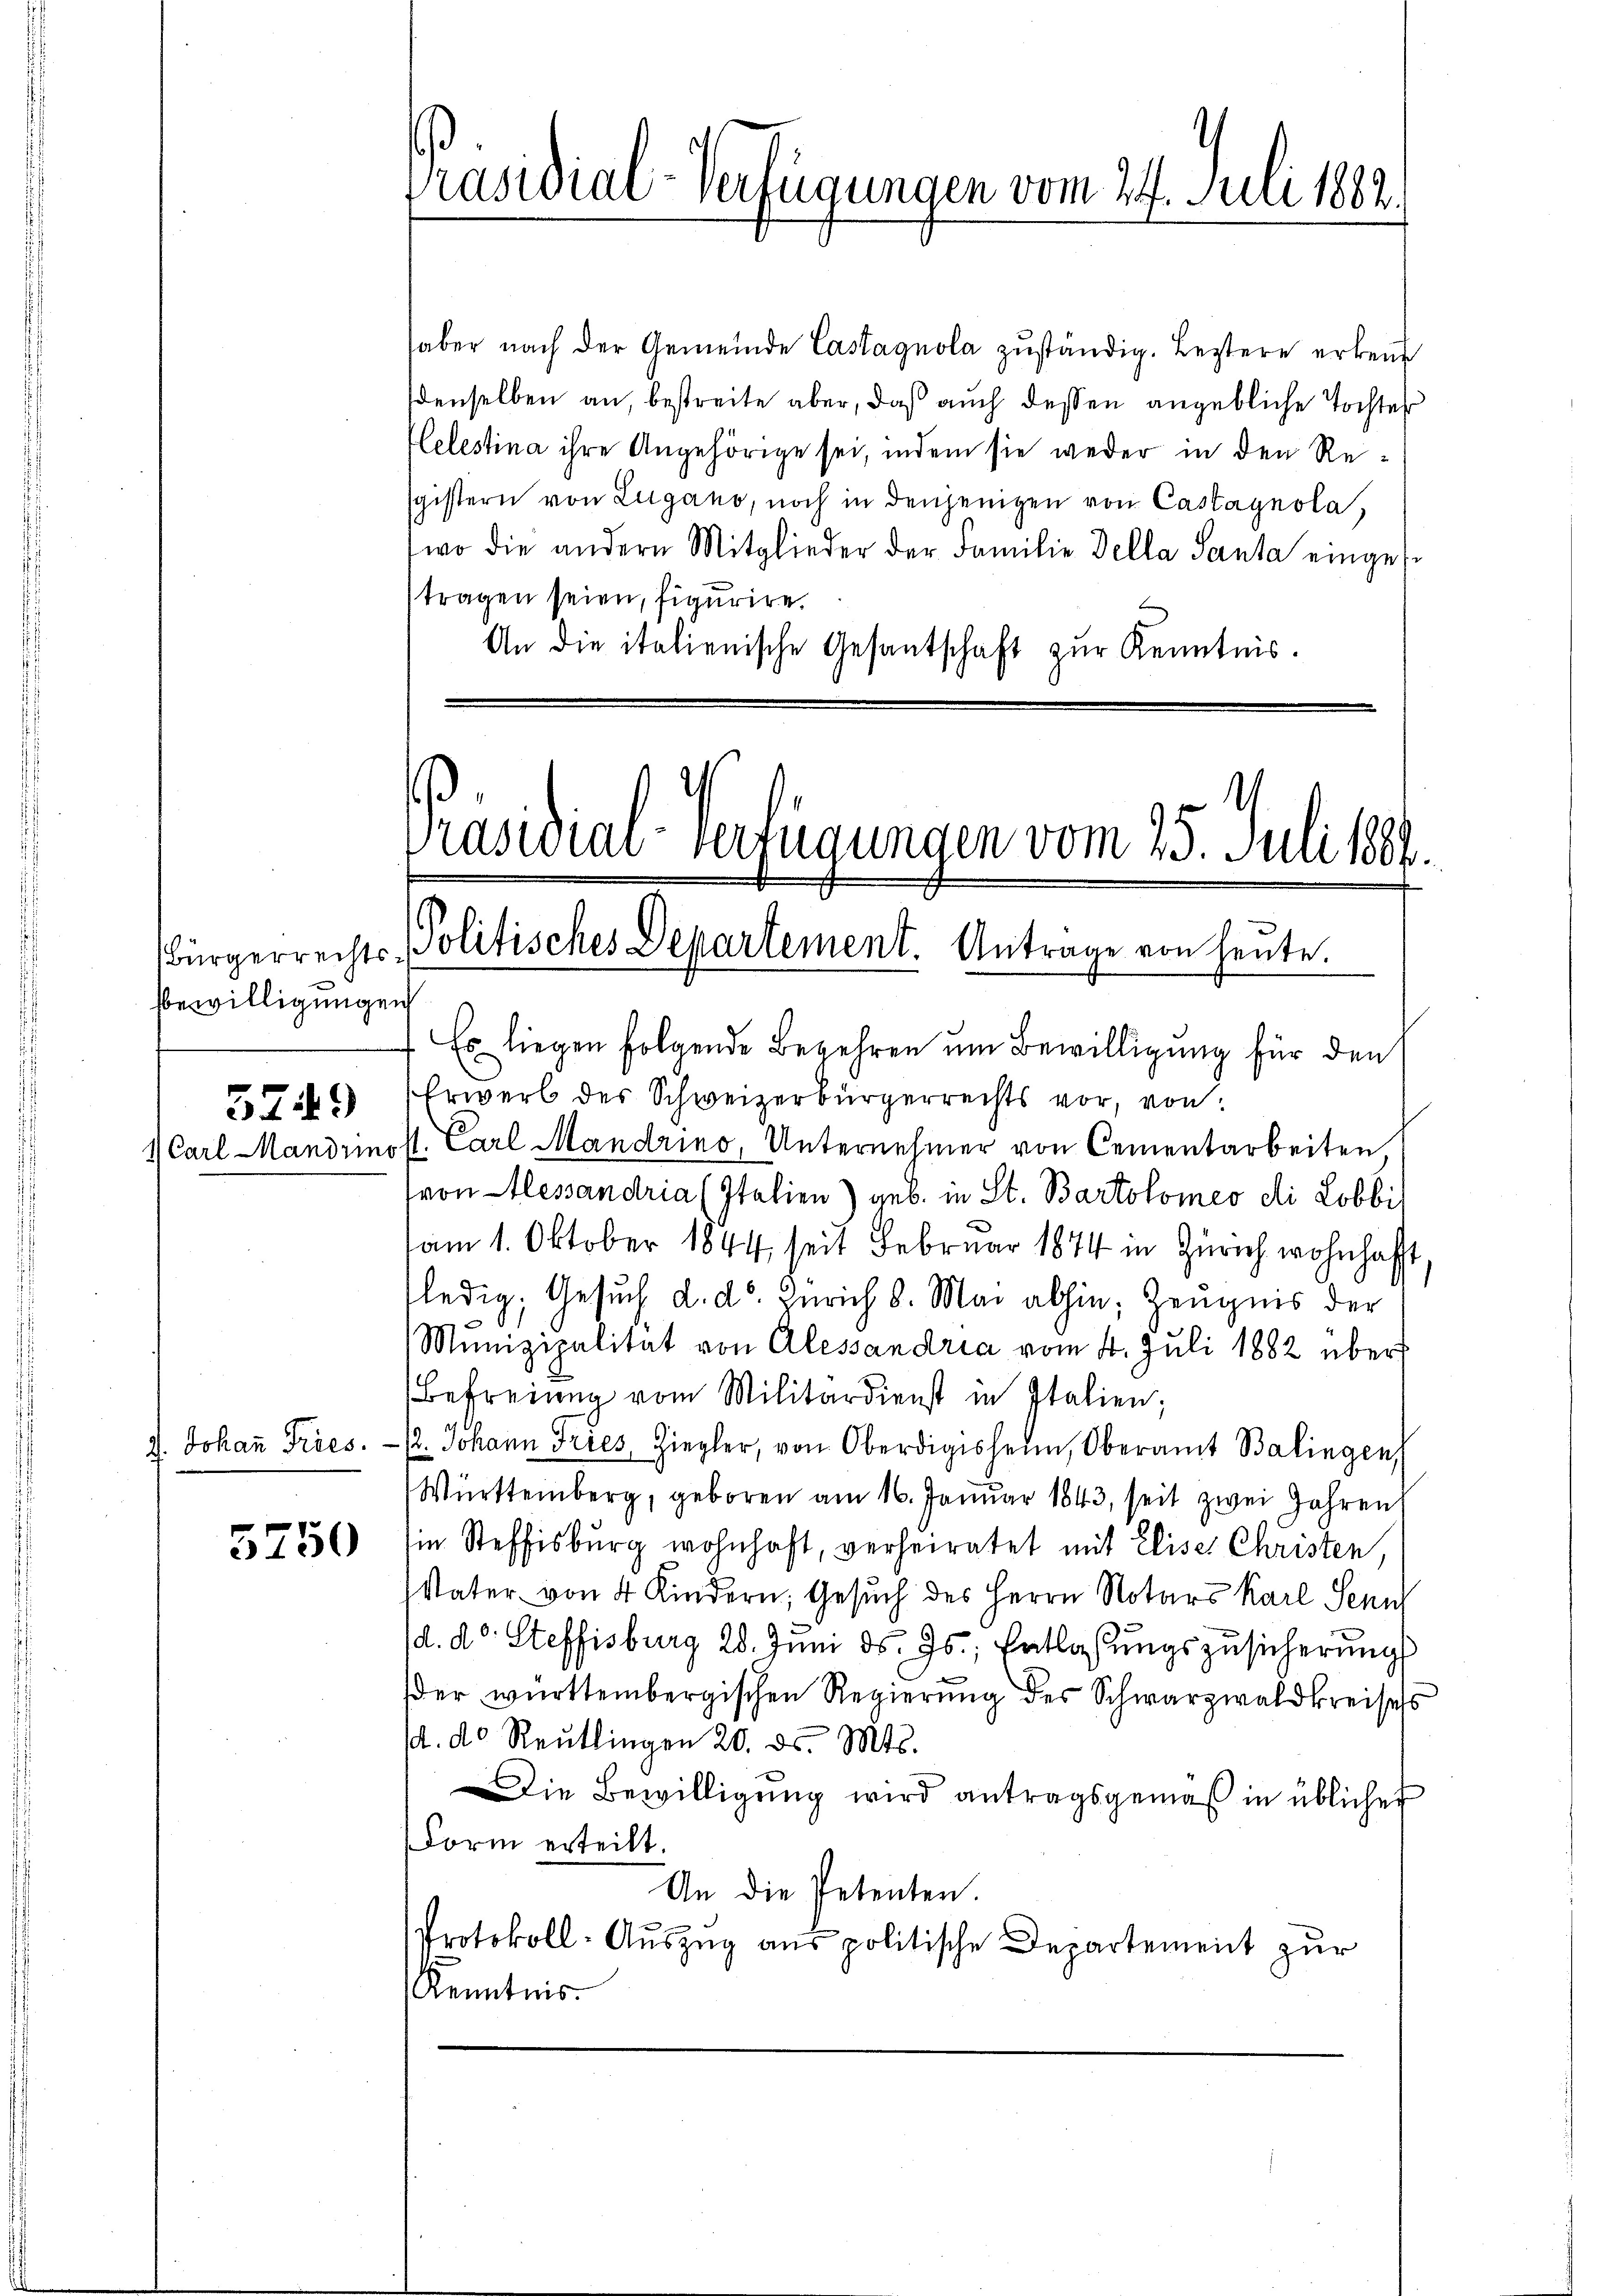
bbewilligungen
5719

7. Johann Tries.

5750

Präsidial-Verfügungen vom 24. Juli 1882.

haber nach der Gemeinde Castagnola zŭständig. Leztere erkenn
denselben an, bestreite aber, daß auch dessen angebliche Tochter
lelestina ihre Angehörige sei, indem sie weder in den Resgistern von Lugano, noch in denjenigen von Castagnola,
wo die andern Mitglieder der Familie della Santa eingese
tragen seien, figurire.
An die italienische Gesantschaft zŭr Kenntnis.

Präsidial-Verfügungen vom 25. Juli 1881.
Bürgerrechts - Politisches Departement. Antrage von heute.

Es liegen folgende Begehren um Bewilligung für den
Erwerb des Schweizerbürgerrechts vor, von
1 Carl Mandrinsst. Carl Mandrino, Unternehmer von Cementarbeiten,
von Alessandria (Italien) geb. in St. Bartolomeo di Lobbi
am 1. Oktober 1844 seit Februar 1874 in Zürich wohnhaft,
ledig, Gesuch d. d. Zürich 8. Mai abhin, Zeugnis der
Munizipalität von Alessandria vom 4. Juli 1882 über
Befreiung vom Militärdienst in Italien;
/2. Johann Tries, Ziegler, von Oberdigisheim, Oberamt Balingen,
Württemberg, geboren am 16. Januar 1843, seit zwei Jahren
in Steffisburg wohnhaft, verheiratet mit Eliser Christen,
Vater von 4 Kindern, Gesuch des Herrn Notars Karl Senn
(d. d. Steffisburg 28. Jŭni d. Js., Entlassŭngszusicherŭngs
der württembergischen Regierŭng des Schwarzwaldkreises
d. d. Reutlingen 20. ds. Mts.
Die Bewilligung wird antragsgemäß in üblicher
Form erteilt.
An die Petenten.
Protokoll-Auszug aus politische Departement zur
Kenntnis.